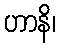
ဟာနိ၊